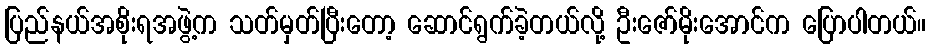
ပြည်နယ်အစိုးရအဖွဲ့က သတ်မှတ်ပြီးတော့ ဆောင်ရွက်ခဲ့တယ်လို့ ဦးဇော်မိုးအောင်က ပြောပါတယ်။